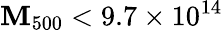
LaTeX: \mathbf{M}_{500}<9.7\times10^{14}